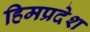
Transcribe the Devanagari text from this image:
हिमप्रदेश